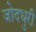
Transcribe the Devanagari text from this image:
जोदधुरी